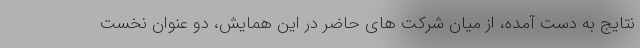
نتایج به دست آمده، از میان شرکت های حاضر در این همایش، دو عنوان نخست